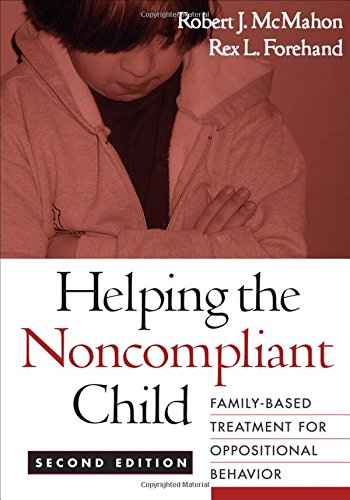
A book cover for Helping the Noncompliant Child, Second Edition: Family-Based Treatment for Oppositional Behavior; Robert J. McMahon PhD; Medical Books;